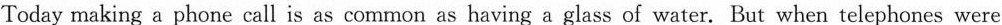
Today making a phone call is as common as having a glass of water. But when telephones were